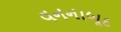
વનનાબૂદ